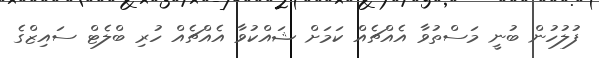
ފުލުހުން ބުނީ މަސްތުވާ އެއްޗެއް ކަމަށް ޝައްކުވާ އެއްޗެއް ހުރި ބްލެޓް ސައިޒްގެ